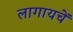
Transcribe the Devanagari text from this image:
लागायचें